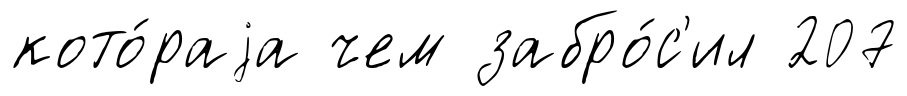
кото́раjа чем забро́с'ил 207